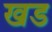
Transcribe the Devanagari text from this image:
खड